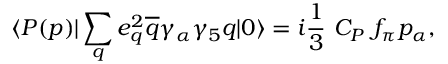
\langle P ( p ) | \sum _ { q } e _ { q } ^ { 2 } \overline { { { q } } } \gamma _ { \alpha } \gamma _ { 5 } q | 0 \rangle = i { \frac { 1 } { 3 } } ~ C _ { P } ~ f _ { \pi } p _ { \alpha } ,